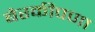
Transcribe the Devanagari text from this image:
बेरकीपणा